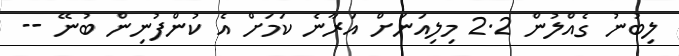
ލިބުނު ގެއްލުން 2.2 މިލިއަނަށް އަރާނެ ކަމަށް އެ ކުންފުނިން ބުނޭ --